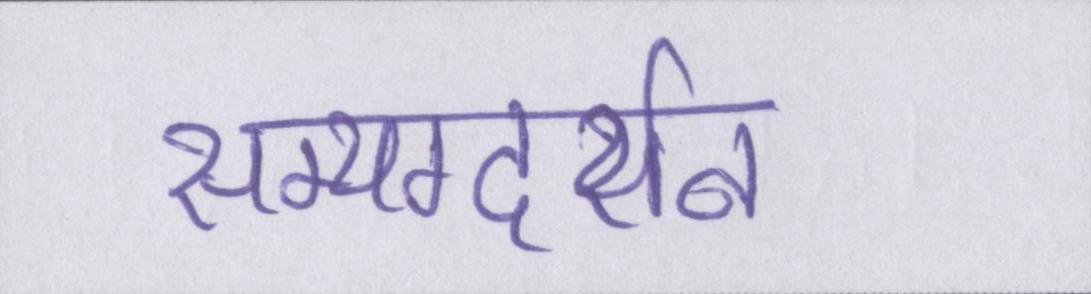
सम्यग्दर्शन